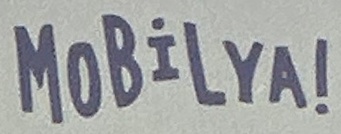
MOBiLYA!